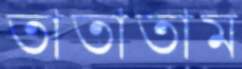
তাতাতাম